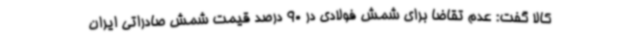
کالا گفت: عدم تقاضا برای شمش فولادی در 90 درصد قیمت شمش صادراتی ایران